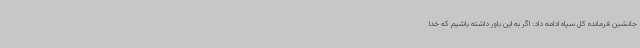
جانشین فرمانده کل سپاه ادامه داد: اگر به این باور داشته باشیم که خدا